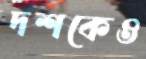
দশকেও